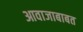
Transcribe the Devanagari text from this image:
आवाजाबाबत